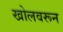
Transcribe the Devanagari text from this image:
खोलवरून